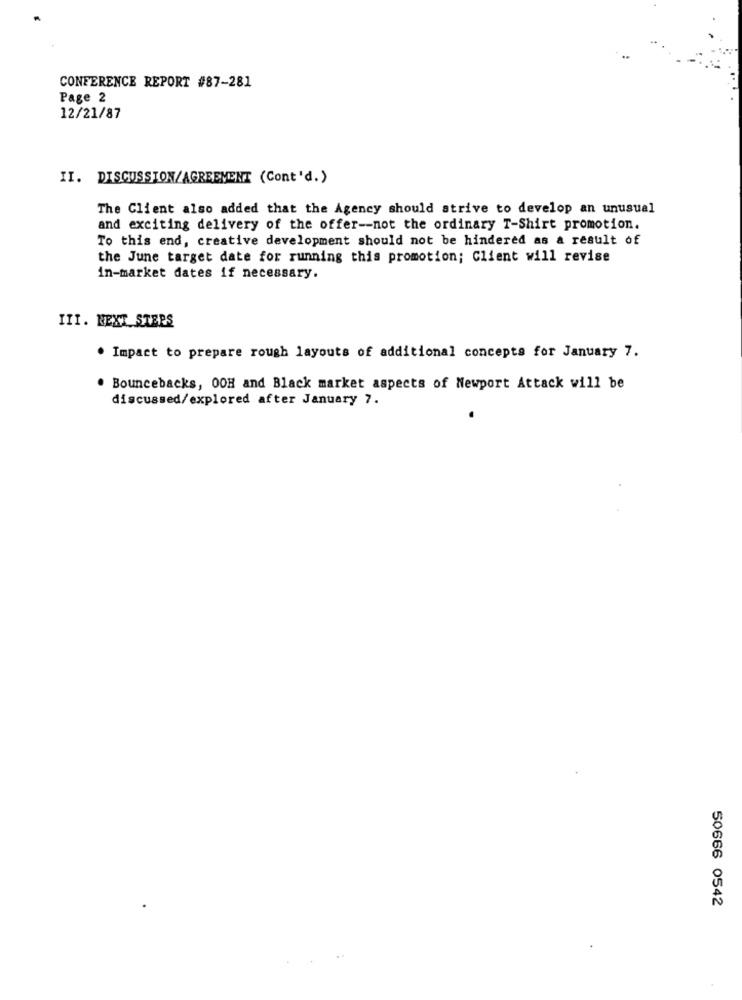
CONFERENCE REPORT #87-281
Page 2
12/21/87
II. DISCUSSION/AGREEMENT (Cont'd.)
The Client also added that the Agency should strive to develop an unusual
and exciting delivery of the offer -- not the ordinary T-Shirt promotion.
To this end, creative development should not be hindered as a result of
the June target date for running this promotion; Client will revise
in-market dates if necessary.
III. NEXT_STERS
. Impact to prepare rough layouts of additional concepts for January 7.
. Bouncebacks, OOH and Black market aspects of Newport Attack will be
discussed/explored after January 7.
50666 0542